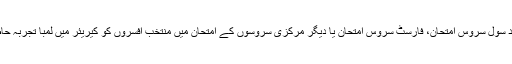
عام طور پر یونین پبلک سروس کمیشن (یو پی ایس سی) کے ذریعے منعقد سول سروس امتحان، فارسٹ سروس امتحان یا دیگر مرکزی سروسوں کے امتحان میں منتخب افسروں کو کیریئر میں لمبا تجربہ حاصل کرنے کے بعد جوائنٹ سکریٹری کے عہدے پر تعینات کیا جاتا ہے۔